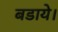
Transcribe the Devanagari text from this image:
बडाये।